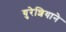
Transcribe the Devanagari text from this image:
युरेशियाने